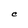
Character: C